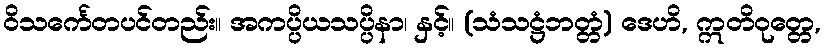
ဝိသင်္ကေတပင်တည်း။ အကပ္ပိယသပ္ပိနာ၊ နှင့်။ (သံသဋ္ဌံဘတ္တံ) ဒေဟိ, ဣတိဝုတ္တေ,